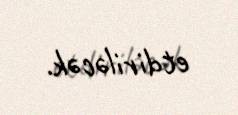
etdiriləcək.